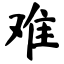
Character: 难